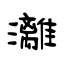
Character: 灕